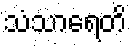
သံသာရေတိ